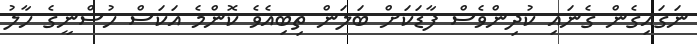
ނަގައިގެން ގެނައި ކުދިންވެސް ފާޑަކަށް ބަލަން ތިބިއެވެ ކޮންމެ އަކަސް ހުސްނީގެ ހާލު